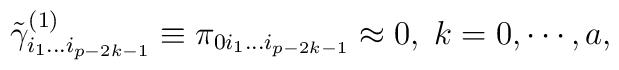
\tilde \gamma _{i_1\ldots i_{p-2k-1}}^{(1)}\equiv \pi_{0i_1\ldots i_{p-2k-1}}\approx 0,\;k=0,\cdots ,a,